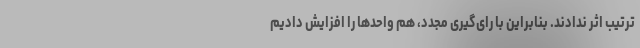
ترتیب اثر ندادند. بنابراین با رای‌گیری مجدد، هم واحدها را افزایش دادیم